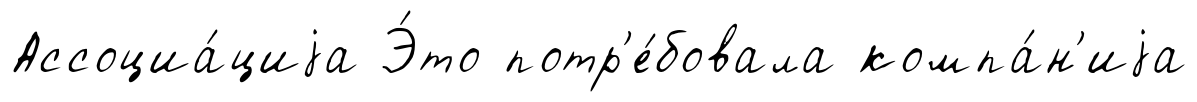
Ассоциа́циjа Э́то потр'е́бовала компа́н'иjа